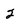
Character: 2